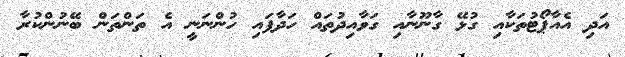
އަދި އެއާޕޯޓުތަކާއި ގުޅޭ ގާނޫނާއި ގަވާއިދުތައް ހަދާފައި ހުންނަނީ އެ ތަންތަން ބޭނުންކުރާ